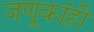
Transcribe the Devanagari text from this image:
जणूकांही